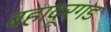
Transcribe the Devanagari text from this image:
बहादूरगड